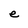
Character: e